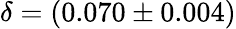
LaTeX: \delta=(0.070\pm 0.004)